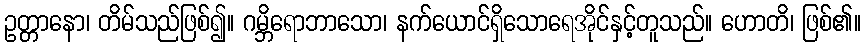
ဥတ္တာနော၊ တိမ်သည်ဖြစ်၍။ ဂမ္ဘိရောဘာသော၊ နက်ယောင်ရှိသောရေအိုင်နှင့်တူသည်။ ဟောတိ၊ ဖြစ်၏။